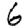
Digit: 6